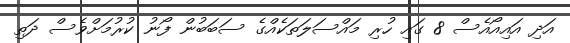
އަދި އައިއޯއެސް 8 ގައި ހުރި މައްސަލަތަކެއްގެ ސަބަބުން ފޯނު ކުރުމަށްވެސް ދަތި